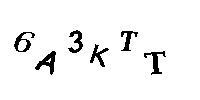
6A3KTT